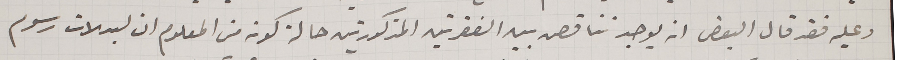
وعليه فقد قال البعض انه يوجد تناقص بين الفقرتين المذكورتين حالة كونه من المعلوم ان لبدلات رسوم